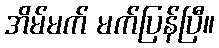
အိမ်မက် မက်ပြန်ပြီ။